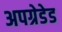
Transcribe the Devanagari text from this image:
अपग्रेडेड